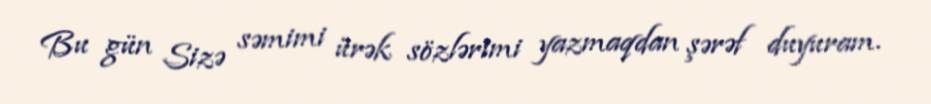
Bu gün Sizə səmimi ürək sözlərimi yazmaqdan şərəf duyuram.